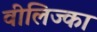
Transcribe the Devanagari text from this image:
वीलिज्का